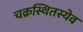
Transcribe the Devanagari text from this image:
चक्रस्थितस्येव